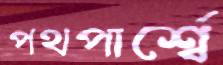
পথপার্শ্বে